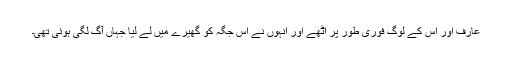
عارف اور اس کے لوگ فوری طور پر اُٹھے اور انہوں نے اس جگہ کو گھیرے میں لے لیا جہاں آگ لگی ہوئی تھی۔